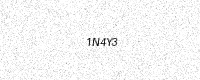
Text: 1N4Y3